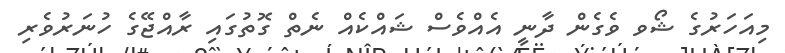
މިއަހަރުގެ ޝޯވ ވެގެން ދާނީ އެއްވެސް ޝައްކެއް ނެތް ގޮތުގައި ރާއްޖޭގެ ހުނަރުވެރި